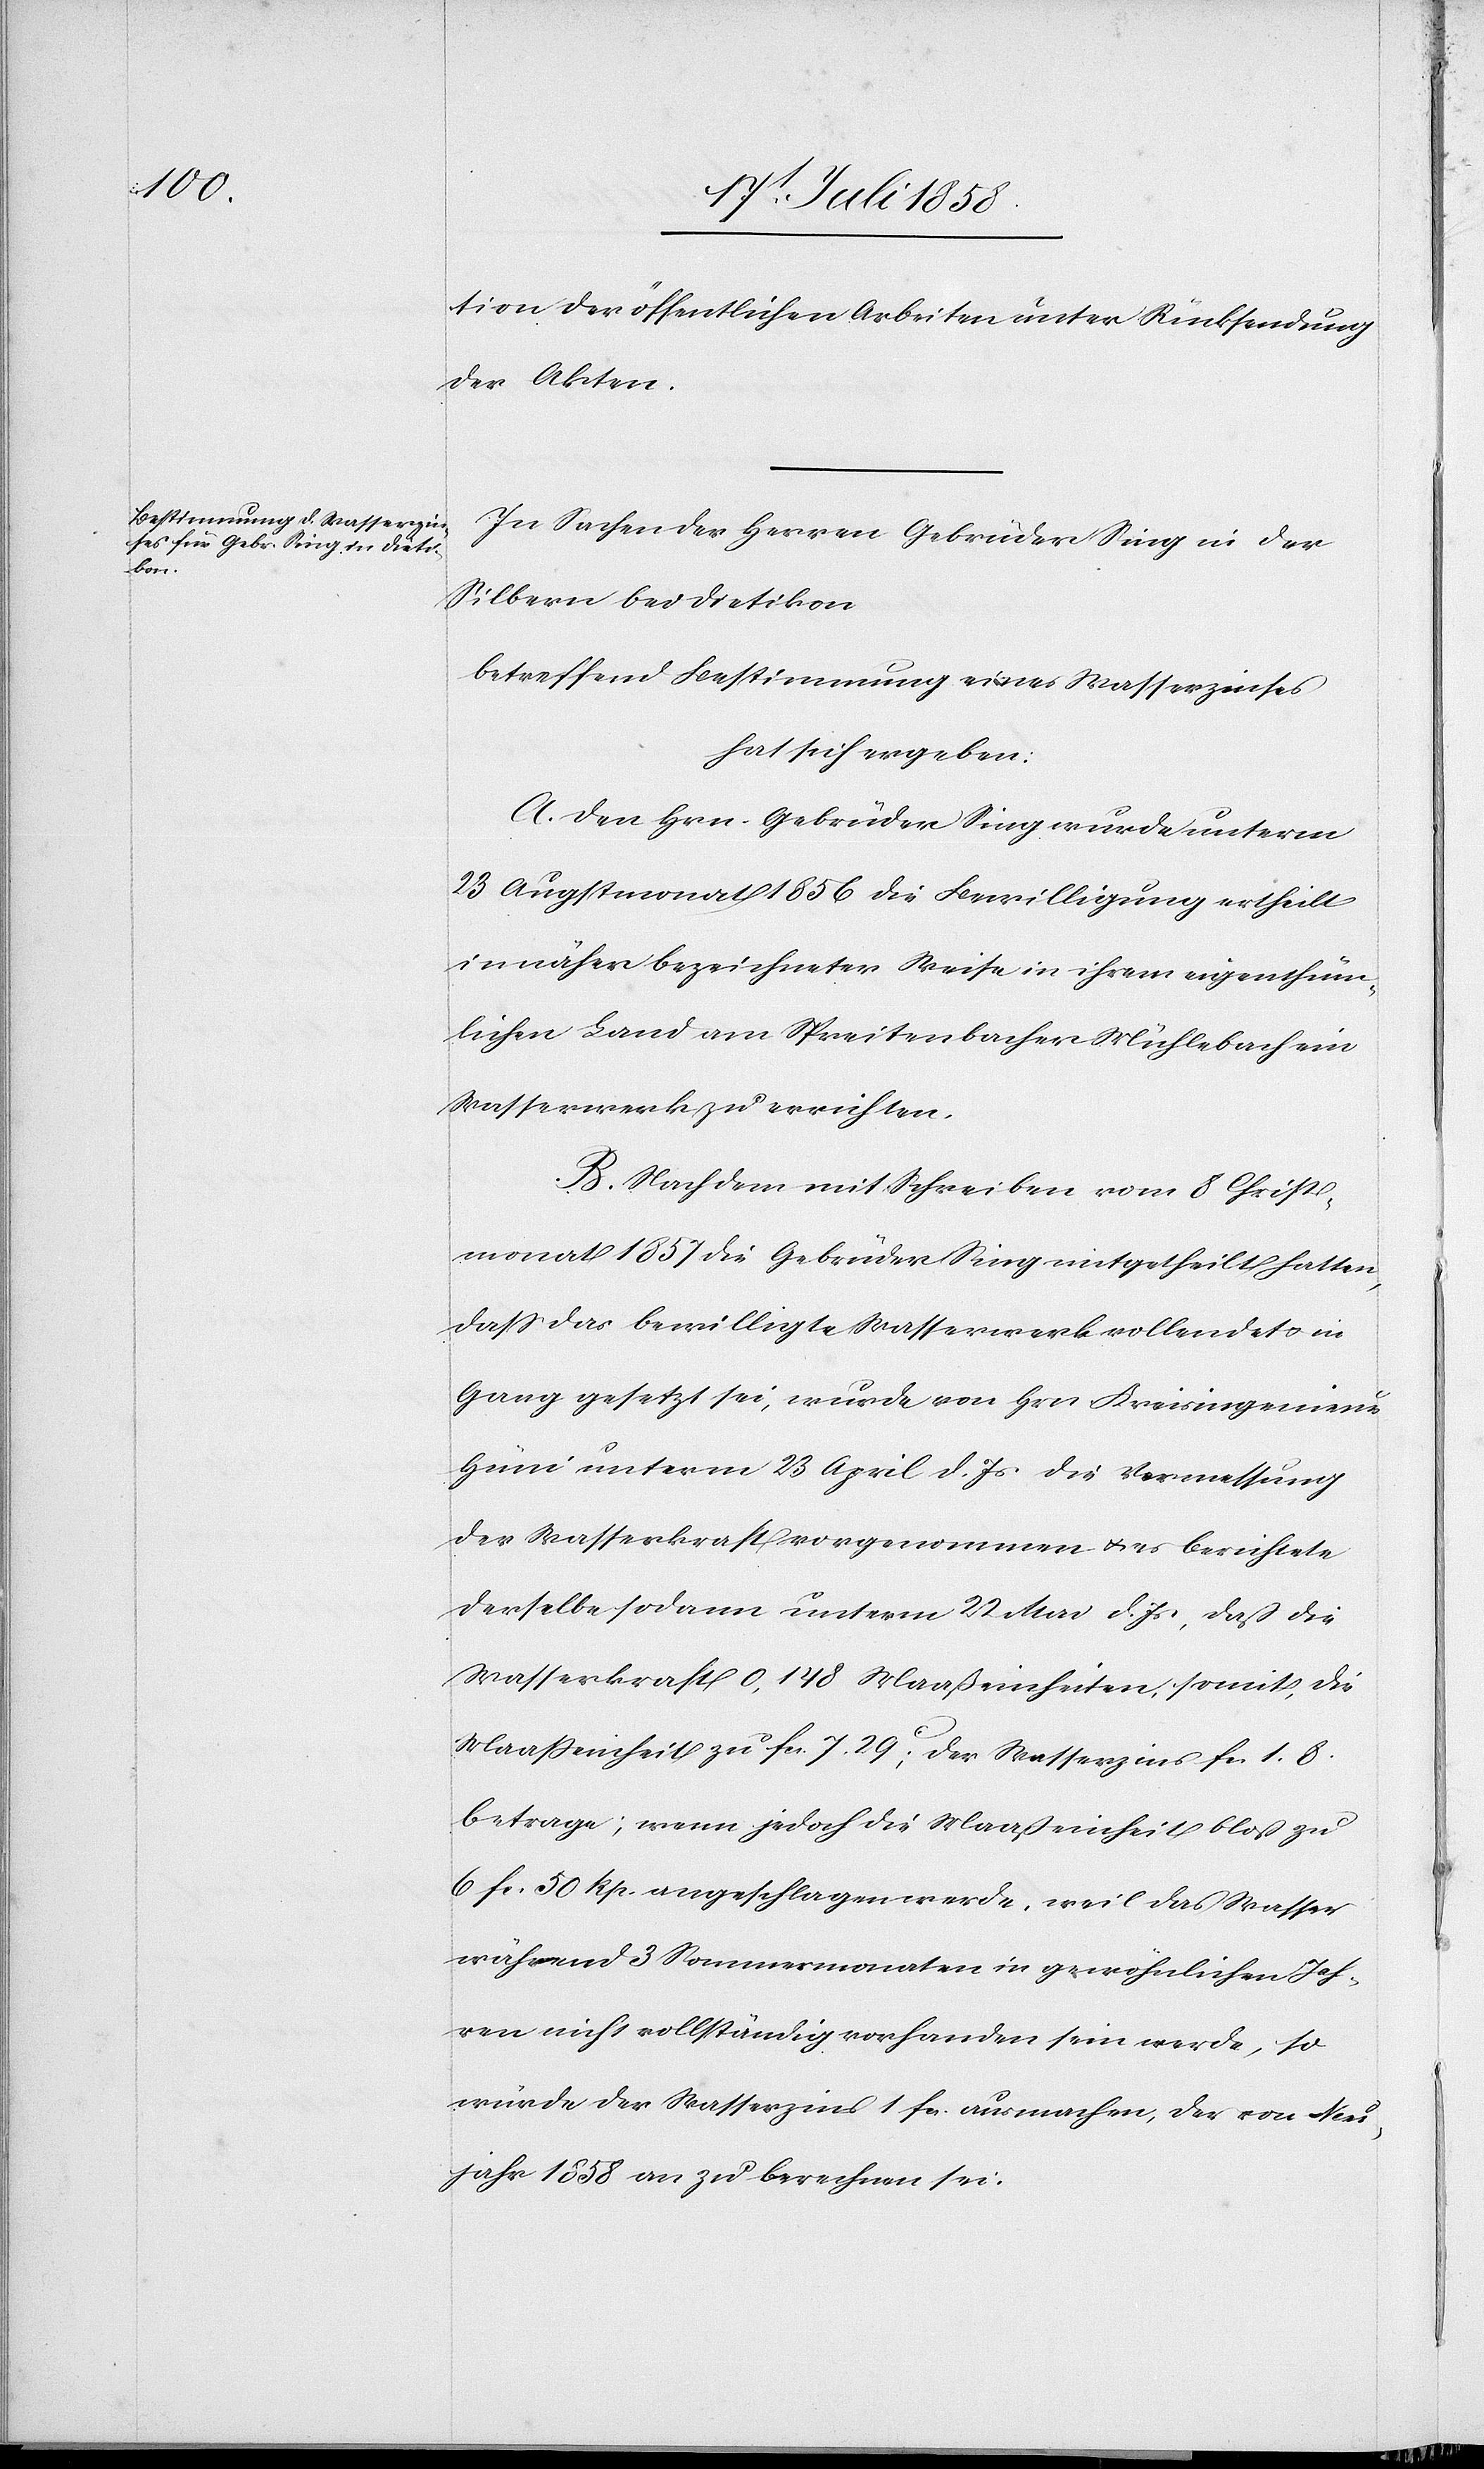
tion der öffentlichen Arbeiten unter Rücksendung
der Akten.
In Sachen der Herren Gebrüder Sing in der
Silbern bei Dietikon
betreffend Bestimmung eines Wasserzinses
hat sich ergeben:
A. Den Hrn. Gebrüder Sing wurde unterm
23 Augstmonat 1856 die Bewilligung ertheilt
in näher bezeichneter Weise in ihrem eigenthüm¬
lichen Land am Spreitenbacher Mühlebach ein
Wasserwerk zu errichten.
B. Nachdem mit Schreiben vom 8 Christ¬
monat 1857 die Gebrüder Sing mitgetheilt hatten,
dass das bewilligte Wasserwerk vollendet & in
Gang gesetzt sei, wurde von Hrn. Kreisingenieur
Hüni unterm 23 April d. Js die Vermessung
der Wasserkraft vorgenommen & es berichtete
derselbe sodann unterm 22 Mai d. Js, daß die
Wasserkraft 0,148 Maaßeinheiten, somit, die
Maaßeinheit zu Fcs. 7. 29C; der Wasserzins Fcs. 1. 8.
betrage; wenn jedoch die Maaßeinheit bloß zu
6 Fcs. 50 Rp. angeschlagen werde, weil das Wasser
während 3 Sommermonaten in gewöhnlichen Jah¬
ren nicht vollständig vorhanden sein werde, so
würde der Wasserzins 1 Fcs. ausmachen, der von Neu¬
jahr 1858 an zu berechnen sei.